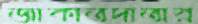
জাকাতদাতার